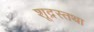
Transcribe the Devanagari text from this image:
शूद्रस्तथा